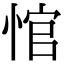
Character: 悺